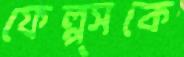
ফেল্প্সকে